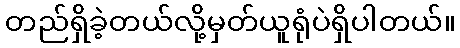
တည်ရှိခဲ့တယ်လို့မှတ်ယူရုံပဲရှိပါတယ်။